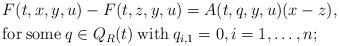
LaTeX: \begin{align*}&F(t,x,y,u)-F(t,z,y,u)=A(t,q,y,u)(x-z), \\&{\rm for}\: {\rm some}\: q\in Q_{R}(t)\: {\rm with}\: q_{i,1}=0,i=1,\ldots,n; \end{align*}